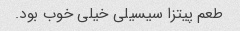
طعم پیتزا سیسیلی خیلی خوب بود.